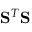
\mathbf { S } ^ { T } \mathbf { S }